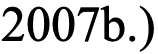
2007b.)